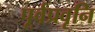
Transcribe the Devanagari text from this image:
पूर्वप्रवृनि